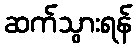
ဆက်သွားရန်